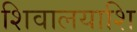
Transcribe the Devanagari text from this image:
शिवालयाशि